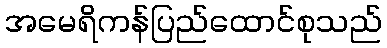
အမေရိကန်ပြည်ထောင်စုသည်